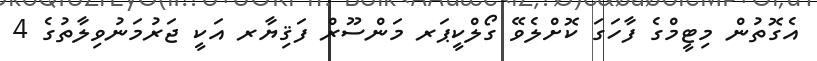
އެގޮތުން މިޓީމްގެ ފާހަގަ ކޮށްލެވޭ ގޯލްކީޕަރ މަންސޫރް ފަޤިޔާރ އަކީ ޖަރުމަނުވިލާތުގެ 4